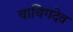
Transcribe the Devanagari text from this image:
चाचिगदेव